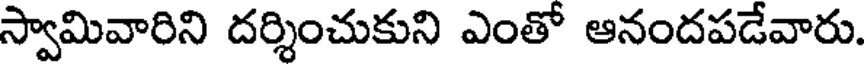
స్వామివారిని దర్శించుకుని ఎంతో ఆనందపడేవారు.